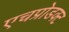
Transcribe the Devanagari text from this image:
एचप्रोडक्ट